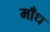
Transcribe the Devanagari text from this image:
माँध